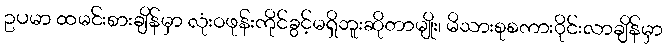
ဥပမာ ထမင်းစားချိန်မှာ လုံးဝဖုန်းကိုင်ခွင့်မရှိဘူးဆိုတာမျိုး၊ မိသားစုစကားဝိုင်းလာချိန်မှာ